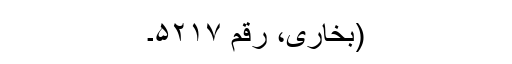
(بخاری، رقم ۵۲۱۷۔